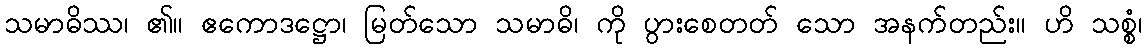
သမာဓိဿ၊ ၏။ ဧကောဒဋ္ဌော၊ မြတ်သော သမာဓိ၊ ကို ပွားစေတတ် သော အနက်တည်း။ ဟိ သစ္စံ၊